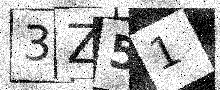
Text: 3Z51